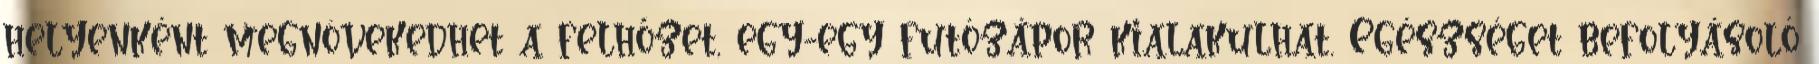
helyenként megnövekedhet a felhőzet, egy-egy futózápor kialakulhat. Egészséget befolyásoló